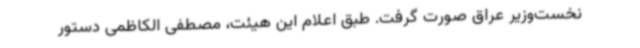
نخست‌وزیر عراق صورت گرفت. طبق اعلام این هیئت، مصطفی الکاظمی دستور